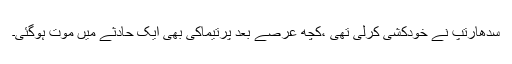
سدھارتپ نے خودکشی کرلی تھی ،کچھ عرصے بعد پرتیماکی بھی ایک حادثے میں موت ہوگئی۔